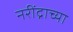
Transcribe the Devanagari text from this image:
नरींद्राच्या